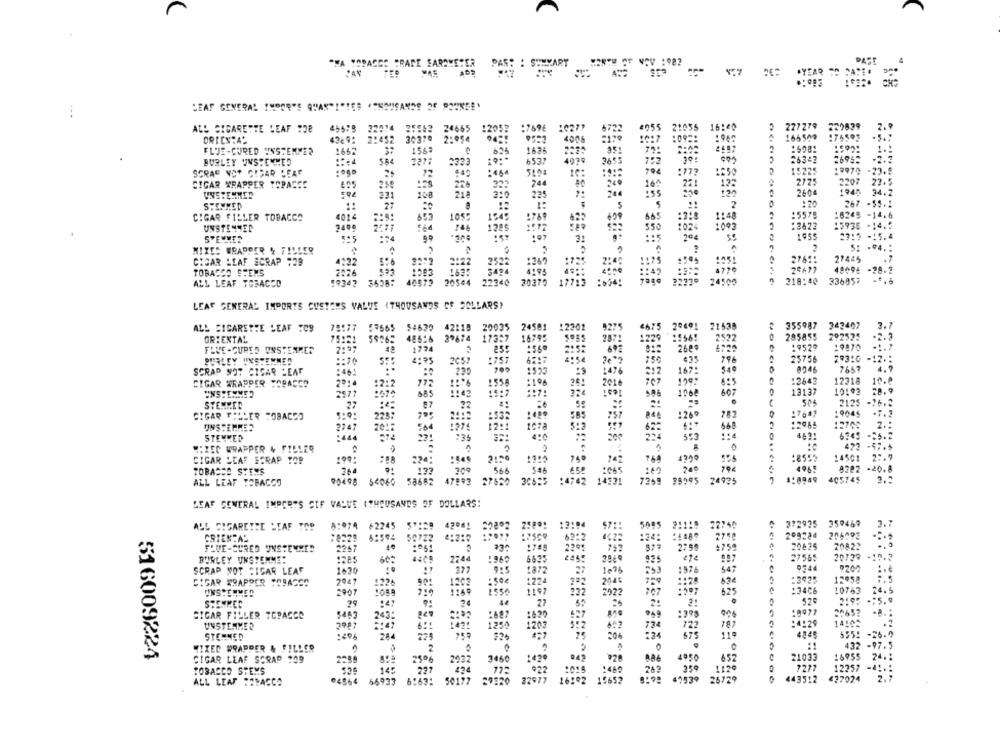
"HA TOBACCO SRAFE PARAMETER
PAS: : SUMMARY
DASE
W45
LEAF GENERAL INPOR'S QUAN"I"TES ""NOUSANDE OF POUNDE'
...
ALL CIGARETTE LEAF :08
45675
25982
24665
12052
:7696
:027
055
21054
16:40
2
227279
229839
2.
22074
A
166509
176591
ORIESTAS
2:452
30370
2:054
400
FLUE-CURED UNSTEMMER
1667
1569
625
162
25081
BURLEY UNSTENMED
2277
2233
6537
4030
26345
SCRAP VOT CIGAR LEAF
3653
15225
2725
22.5
CIGAR WRAPPER TOPASSE
25€
125
226
222
240
2207
UNSTEMMER
33
200
218
310
225
2604
34.2
267 -55.5
STEMMED
27
2
CIGAR FILLER TOBACCO
4014
1055
1945
:769
:5579
18245 -14,6
:2622
-14.5
UNSTENMED
1285
390
STEMMER
23:5 -15.4
2
5: . º4 .:
MIXES WRAPPER & FILLER
CIGAR LEAF SCRAP :29
:22
2272
:26?
276 !:
21445
.;
TOBACCO STENS
2026
48094 -28 .?
ALL LEAF TOBACCO
:9342
3538:
40879
20544
22340
3037℃
17715
24506
218:40
336957
LEAF GENERAL IMPORTS CUSTOMS VALUE (THOUSANDS OF SOLLARS)
ALL SIGARETTE LEAF :09
78177
57665 54630
42118
20035
24581
1220
8275
2009 !
21538
355987
342407
3.1
48526
17357
2522
285855
292525
-2.3
ORIENTAL
75:21
59265
16795
287!
:9529
FIVE-CURED UNSVERKET
25:
:360
692
26€
19870
PURLEY UNSTENMED
:: 70
4195
2057
:757
796
25756
29310
8046
7657
4.5
SCRAP NOT CIGAR LEAF
:461
220
1550
1699
349
CIGAR WRAPPER TOBACCO
2014
1558
1995
12643
12218
10.
1212
772
13137
10192
UNSTEMMER
685
1:42
:: 7:
STEMMED
27
87
22
2125
CIGAR FILLER TOBACCO
2257
585
1260
782
UNSTEMMES
2747
20:
504
1974
12 !!
1078
STEMMED
735
M; ZEC WRAPPER 4 FILLER
423 -47.5
14501
27.9
CIGAR LEAF SCRAP TOP
199
224
750
742
TOBACCO STENS
200
ese
260
9222 -20.8
90498
47893
27550
:4762
14991
24935
405745
2.2
ALL LEAF TOBACCO
269
95995
LEAF GENERAL IMPORTS CIF VALUE (THOUSANDS OF DOLLARS:
8:074 #2245
22760
372935 359467
3.7
ALL CIGARETTE SEAF TOP
CRIENTAS
:8229
6:594
50732
:7569
62:2
4622
:24:
209224 206092
FLUE-CURED UNSTEMMES
2267
10
2245
2799
2755
20825
20729
-10.2
BURLEY UNSTENME!
1285
2244
:969
6625
286
27565
SCRAP NOT CIGAR LEAF
1620
925
1872
10 76
549
0744
377
1976
CIGAR WRAPPER TOBACCO
2947
1226
90
1224
2045
:2025
13058
UNSSCHMER
2007
1197
222
2922
625
:3406
10743
24. 5
.
52₽
2:95 -; 5.9
SHEMMEC
27
2:
CIGAR FILLER TOPACCO
5483
243:
:687
906
:4129
14:00
UNSTERMED
6 !!
1250
787
STEMMED
:296
244
:34
119
5555 -26.9
432 -97.5
MIXED WRAPPER & FILLER
516009224
CIGAR LEAF SCRAP 109
25%6
3460
942
495
652
16955
24.
1126
7277
12257 -41 .:
TOBACCO STEMS
14:
27
:460
35
ALL LEAF :FRASCO
64564
66933
50177
20120
32977
16:02
15653
41939
26729
443512
427024
2.7